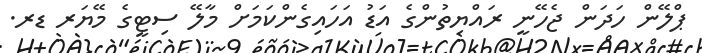
ޕްލޭން ހަދަން ޖެހޭނީ ރައްޔިތުންގެ އަޑު އަހައިގެންކަމަށް މާލޭ ސިޓީގެ މޭޔަރ ޑރ.